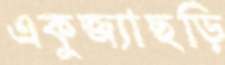
একুজ্যাছড়ি